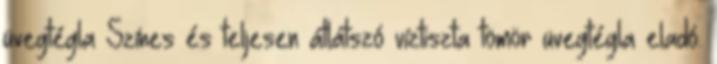
üvegtégla Színes és teljesen átlátszó víztiszta tömör üvegtégla eladó.